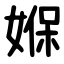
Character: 媬